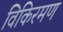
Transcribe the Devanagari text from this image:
विकिरमण